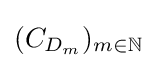
(C_{D_{m}})_{m\in \mathbb {N} }